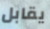
يقابل